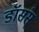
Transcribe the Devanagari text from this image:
डॉसंस्